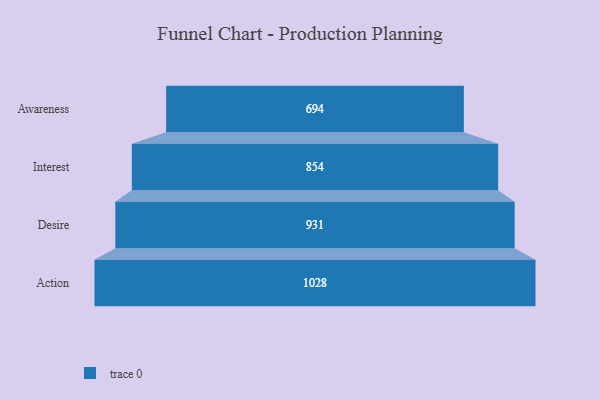
{"axis": {"x": "Stage", "y": "Value"}, "legend": [""], "data": [{"x": "Awareness", "y": 694.0, "type": ""}, {"x": "Interest", "y": 854.0, "type": ""}, {"x": "Desire", "y": 931.0, "type": ""}, {"x": "Action", "y": 1028.0, "type": ""}]}